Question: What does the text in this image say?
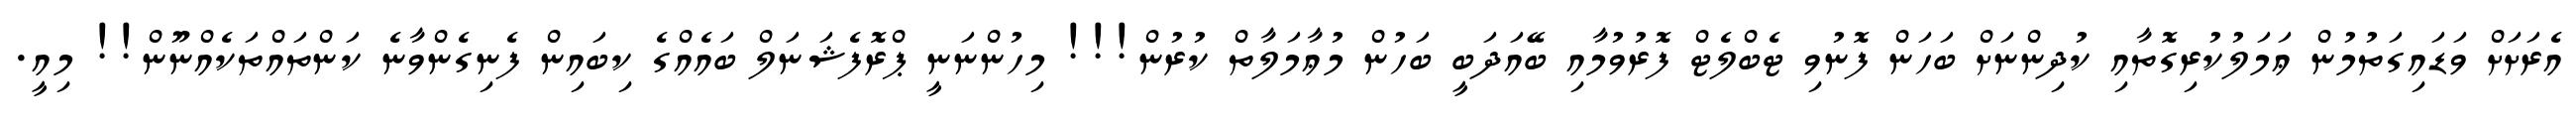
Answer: އެރަށަށް ވަޑައިގަތުމުން ޢަމަލުކުރިގޮތާއި ކުދިންނަށް ބަހަން ފޮނުވި ޓެބްލެޓް ފޮރުވުމާއި ބޭއަދަބީ ބަހުން މުޢާމަލާތް ކުރުން!!! މިހުންނަނީ ޕްރޮފެޝަނަލް ބައެއްގެ ކިބައިން ފެނިގެންވާނެ ކަންތައްތަކެއްނޫން!! މިއީ.